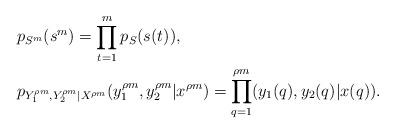
LaTeX: \begin{align*}&p_{S^m}(s^m)=\prod\limits_{t=1}^mp_S(s(t)),\\&p_{Y^{\rho m}_1,Y^{\rho m}_2|X^{\rho m}}(y^{\rho m}_1,y^{\rho m}_2|x^{\rho m})=\prod\limits_{q=1}^{\rho m}(y_1(q),y_2(q)|x(q)).\end{align*}